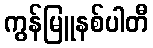
ကွန်မြူနစ်ပါတီ